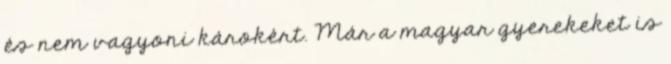
és nem vagyoni károkért. Már a magyar gyerekeket is